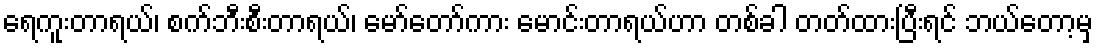
ရေကူးတာရယ်၊ စက်ဘီးစီးတာရယ်၊ မော်တော်ကား မောင်းတာရယ်ဟာ တစ်ခါ တတ်ထားပြီးရင် ဘယ်တော့မှ